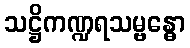
သဋ္ဌိကဏ္ဍရသမ္ဗန္ဓော